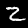
Digit: 2